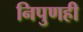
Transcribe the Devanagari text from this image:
निपुणही